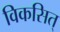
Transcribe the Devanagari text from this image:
विकसित्